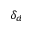
\delta _ { d }